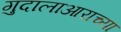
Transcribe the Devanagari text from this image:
गुदालाआराच्या